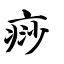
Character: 痧